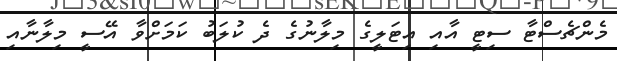
މެންޗެސްޓާ ސިޓީ އާއި އިޓަލީގެ މިލާނުގެ ދެ ކުލަބު ކަމަށްވާ އޭސީ މިލާނާއި